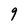
Character: 9